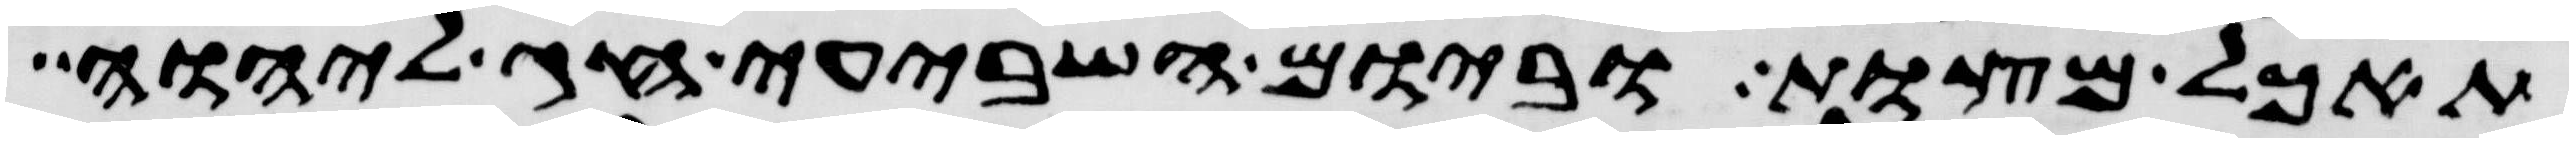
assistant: תאכל מצות וביום השביעי חג ליהוה